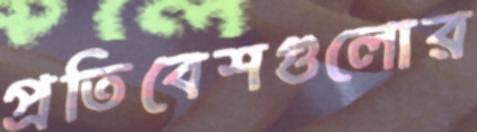
প্রতিবেশগুলোর